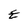
Character: E